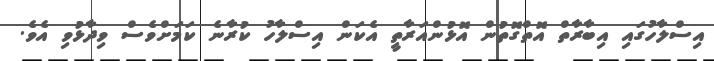
އިސްލާހުގައި އިބާރާތް އޮތްގޮތުން އޮޅުންއަރާތީ އެކަން އިސްލާހު ކުރާނެ ކަމަށްވެސް ވިދާޅުވި އެވެ.